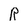
Character: R